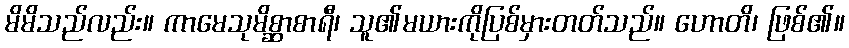
မိမိသည်လည်း။ ကာမေသုမိစ္ဆာစာရီ၊ သူ၏မယားကိုပြစ်မှားတတ်သည်။ ဟောတိ၊ ဖြစ်၏။